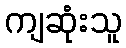
ကျဆုံးသူ